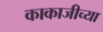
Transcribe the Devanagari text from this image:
काकाजीच्या